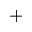
+